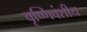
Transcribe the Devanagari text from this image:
वृष्णिवंशीय